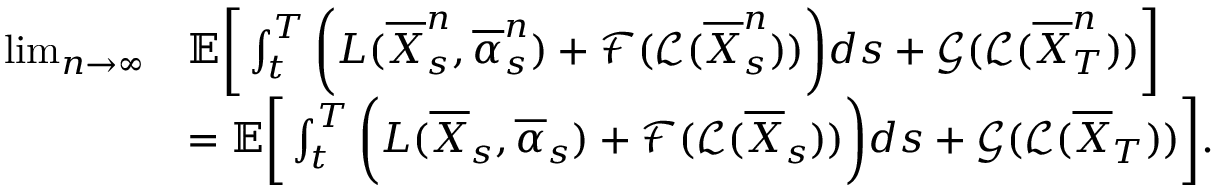
\begin{array} { r l } { \operatorname* { l i m } _ { n \to \infty } } & { { \mathbb E } \bigg [ \int _ { t } ^ { T } \bigg ( L ( \overline { { X } } _ { s } ^ { n } , \overline { { \alpha } } _ { s } ^ { n } ) + \mathcal { F } ( \mathcal { L } ( \overline { { X } } _ { s } ^ { n } ) ) \bigg ) d s + \mathcal { G } ( \mathcal { L } ( \overline { { X } } _ { T } ^ { n } ) ) \bigg ] } \\ & { = { \mathbb E } \bigg [ \int _ { t } ^ { T } \bigg ( L ( \overline { { X } } _ { s } , \overline { { \alpha } } _ { s } ) + \mathcal { F } ( \mathcal { L } ( \overline { { X } } _ { s } ) ) \bigg ) d s + \mathcal { G } ( \mathcal { L } ( \overline { { X } } _ { T } ) ) \bigg ] . } \end{array}